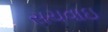
સચવાઇ